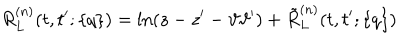
R _ { L } ^ { ( n ) } ( t , t ^ { \prime } ; \{ q \} ) = \ln ( z - z ^ { \prime } - \vartheta \vartheta ^ { \prime } ) + \tilde { R } _ { L } ^ { ( n ) } ( t , t ^ { \prime } ; \{ q \} )